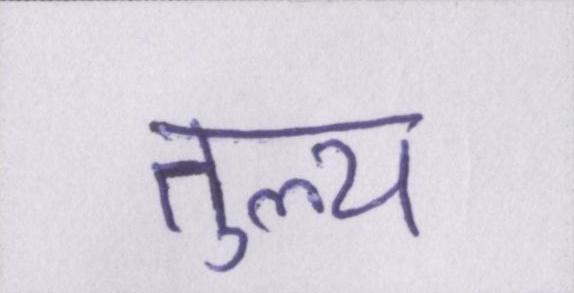
तुल्य